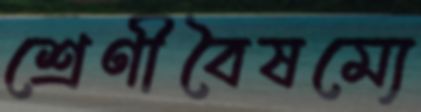
শ্রেণীবৈষম্যে